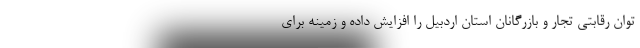
توان رقابتی تجار و بازرگانان استان اردبیل را افزایش داده و زمینه برای